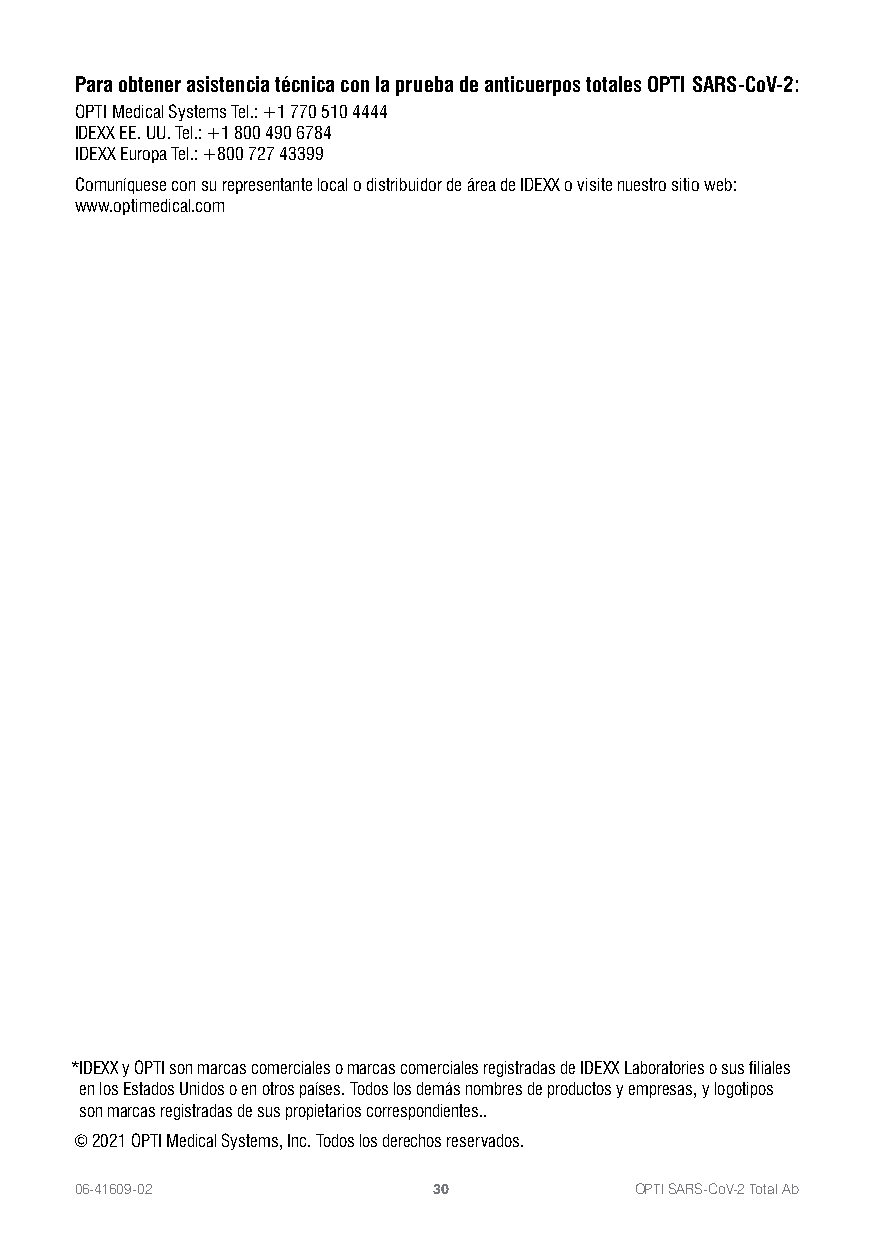
Para obtener asistencia técnica con la prueba de anticuerpos totales OPTI SARS-CoV-2:
 OPTI Medical Systems Tel.: +1 770 510 4444
 IDEXX EE. UU. Tel.: +1 800 490 6784
 IDEXX Europa Tel.: +800 727 43399
 Comuníquese con su representante local o distribuidor de área de IDEXX o visite nuestro sitio web:
 www.optimedical.com
 *IDEXX y OPTI son marcas comerciales o marcas comerciales registradas de IDEXX Laboratories o sus filiales
 en los Estados Unidos o en otros países. Todos los demás nombres de productos y empresas, y logotipos
 son marcas registradas de sus propietarios correspondientes..
 © 2021 OPTI Medical Systems, Inc. Todos los derechos reservados.
 06-41609-02             30           OPTI SARS-CoV-2 Total Ab